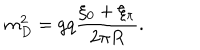
m _ { D } ^ { 2 } = g q { \frac { \xi _ { 0 } + \xi _ { \pi } } { 2 \pi R } } .